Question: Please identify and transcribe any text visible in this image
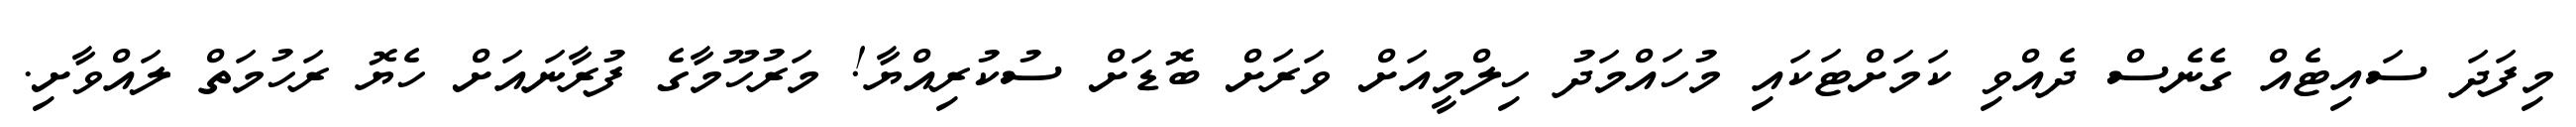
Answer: މިފަދަ ސައިޓެއް ގެނެސް ދެއްވި ކަމަށްޓަކައި މުހައްމަދު ހިލްމީއަށް ވަރަށް ބޮޑަށް ސުކުރިއްޔާ! މަރުހޫމާގެ ފުރާނައަށް ހެޔޮ ރަހުމަތް ލައްވާށި.